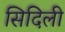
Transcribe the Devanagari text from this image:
सिदिली